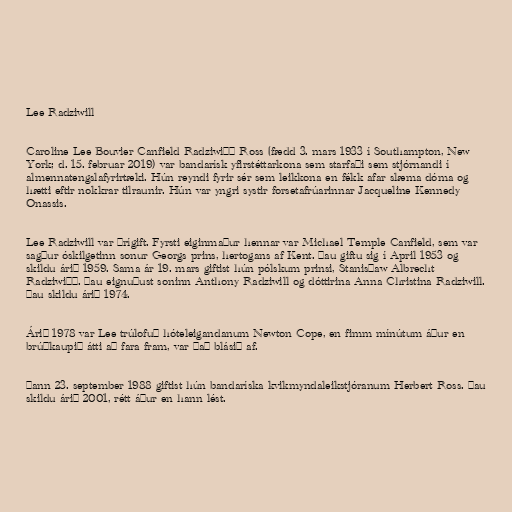
Lee Radziwill

Caroline Lee Bouvier Canfield Radziwiłł Ross (fædd 3. mars 1933 í Southampton, New
York; d. 15. februar 2019) var bandarísk yfirstéttarkona sem starfaði sem stjórnandi í
almennatengslafyrirtæki. Hún reyndi fyrir sér sem leikkona en fékk afar slæma dóma og
hætti eftir nokkrar tilraunir. Hún var yngri systir forsetafrúarinnar Jacqueline Kennedy
Onassis.

Lee Radziwill var þrígift. Fyrsti eiginmaður hennar var Michael Temple Canfield, sem var
sagður óskilgetinn sonur Georgs prins, hertogans af Kent. Þau giftu sig í April 1953 og
skildu árið 1959. Sama ár 19. mars giftist hún pólskum prinsi, Stanisław Albrecht
Radziwiłł. Þau eignuðust soninn Anthony Radziwill og dóttirina Anna Christina Radziwill.
Þau skildu árið 1974.

Árið 1978 var Lee trúlofuð hóteleigandanum Newton Cope, en fimm mínútum áður en
brúðkaupið átti að fara fram, var það blásið af.

Þann 23. september 1988 giftist hún bandaríska kvikmyndaleikstjóranum Herbert Ross. Þau
skildu árið 2001, rétt áður en hann lést.